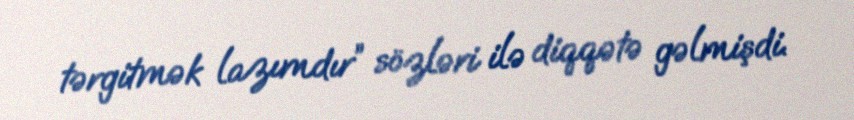
tərgitmək lazımdır” sözləri ilə diqqətə gəlmişdi.